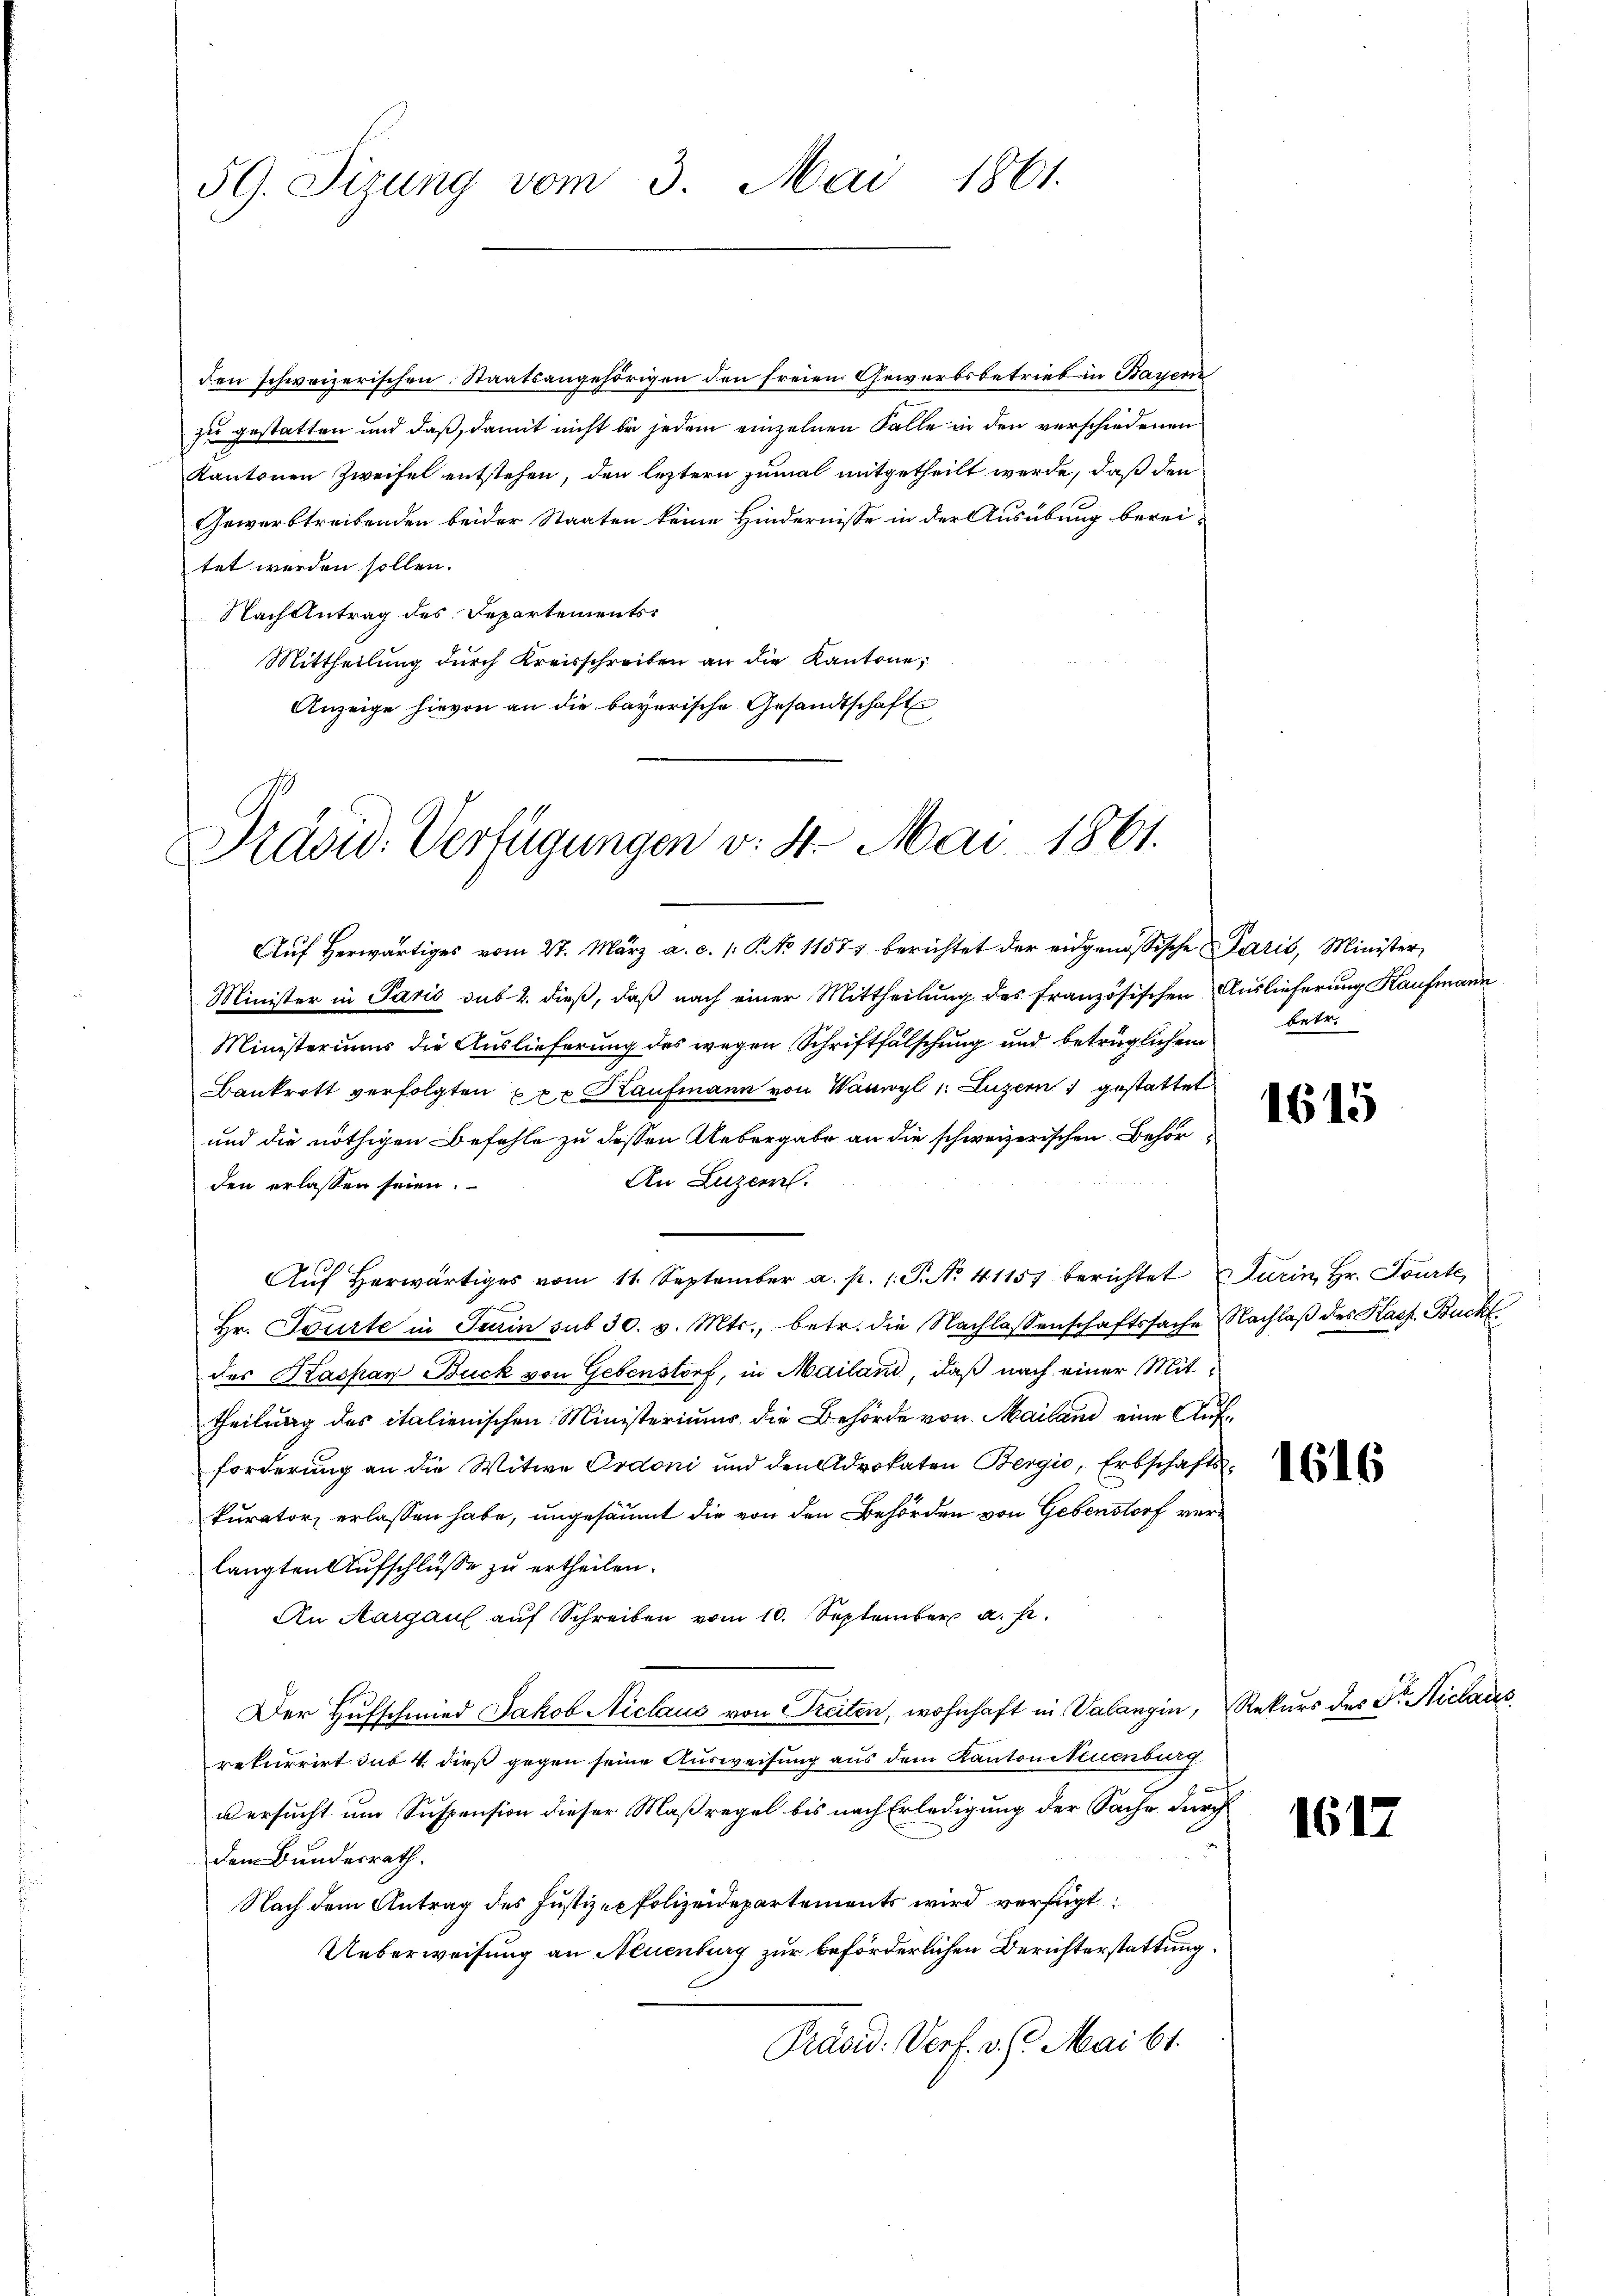
59. Sizung vom 3. Mai 1861.

den schweizerischen Staatsangehörigen den freien Gewerbsbetrieb in Bayer
zu gestatten und daß, damit nicht bei jedem einzelnen Falle in den verschiedenen
Kantonen Zweifel entstehen, den leztern zumal mitgetheilt werde, daß den
Gewerbtreibenden beider Staaten keine Hindernisse in der Ausübung berei-
tet werden sollen.
Nach Antrag des Departements
Mittheilung dŭrch Kreisschreiben an die Kantone,
Anzeige hievon an die bayerische Gesandtschafte

Präsid. Verfügungen v. 4. Mai 1861.

Aŭf herwärtiges vom 27. März a. c. 1. P. No 11571 berichtet der eidgenössische Paris, Minister,
Minister in Paris sub 2. dieß, daß nach einer Mittheilung des französischen Auslieferung Kaufmann
Ministeriums die Auslieferung des wegen Schriftfälschung und betrüglichen betr.
Bankrott verfolgten per Kaufmann von Wanwyl 1: Luzern gestattet
und die nöthigen Befehle zu dessen Uebergabe an die schweizerischen Behör¬
An Luzern.
den erlassen seien.
Aŭf herwärtiges vom 11. September a. p. 1. P. No. 41157 berichtet darin, Hr. Courte
Hr. Tourte in Turin sub 30. v. Mts., betr. die Nachlassenschaftssache Nachlaß des Kass. Buch
des Kaspar Buck von Gebenstorf, in Mailand, daß nach einer Mittheilung des italienischen Ministeriums die Behörde von Mailand eine Aufforderung an die Witwe Ordoni und den Advokaten Bergio, Erbschafts-
kurator erlassen habe, ungesäumt die von den Behörden von Gebenstorf verlangten Aufschlüsse zu ertheilen.
An Aargau auf Schreiben vom 10. September a. p.
Der Hufschmied Jakob Niclaus von Freiten, wohnhaft in Valangin, Rekurs des Dr. Niclaus
rekurrirt das 4. dieß gegen seine Ausweisung aus dem Kantonituenburg
versucht um Suspension dieser Maßregel bis nach Erledigung der Sache durch
dem Bundesrath.
Nach dem Antrag des Justiz-Polizeidepartements wird verfügt:
Ueberweisung an Neuenburg zur beförderlichen Berichterstattung
Präsid. Verf. v. J. Mai 61.

1615

1616

1617